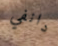
دانفي